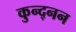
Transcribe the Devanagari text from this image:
कुन्द्नन